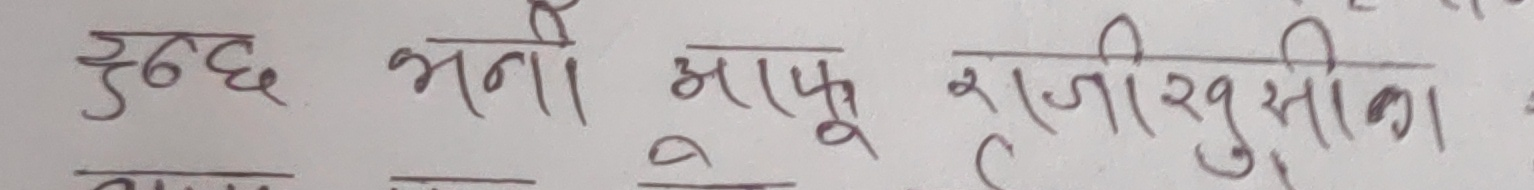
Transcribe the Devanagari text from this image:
हुन्छ भनो आफू राजीखुसीका